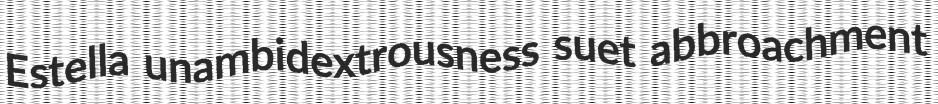
Estella unambidextrousness suet abbroachment